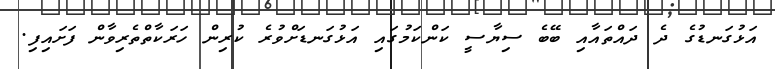
އަޅުގަނޑުގެ ދެ ދައްތައާއި ބޭބެ ސިޔާސީ ކަންކަމުގައި އަޅުގަނޑަށްވުރެ ކުރިން ހަރަކާތްތެރިވާން ފަށައިފި.